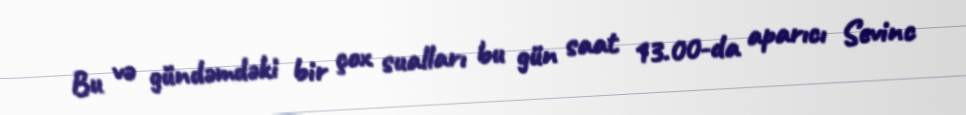
Bu və gündəmdəki bir çox sualları bu gün saat 13.00-da aparıcı Sevinc